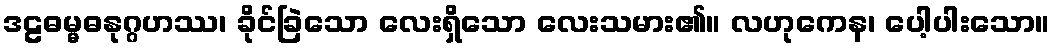
ဒဠဓမ္မဓနုဂ္ဂဟဿ၊ ခိုင်ခြဲသော လေးရှိသော လေးသမား၏။ လဟုကေန၊ ပေါ့ပါးသော။